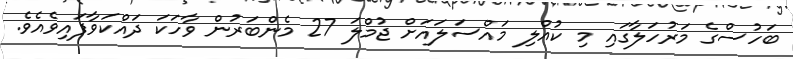
ބަހުސްގެ މަރުހަލާގައި މި ކުއްލި މައްސަލައަށް ޖުމްލަ 27 މެންބަރުން ވާހަކަ ދައްކަވާފައިވެއެވެ.